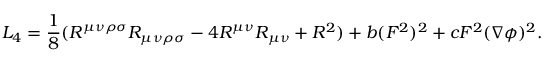
{ \cal L } _ { 4 } = \frac { 1 } { 8 } ( R ^ { \mu \nu \rho \sigma } R _ { \mu \nu \rho \sigma } - 4 R ^ { \mu \nu } R _ { \mu \nu } + R ^ { 2 } ) + b ( F ^ { 2 } ) ^ { 2 } + c F ^ { 2 } ( \nabla \phi ) ^ { 2 } .